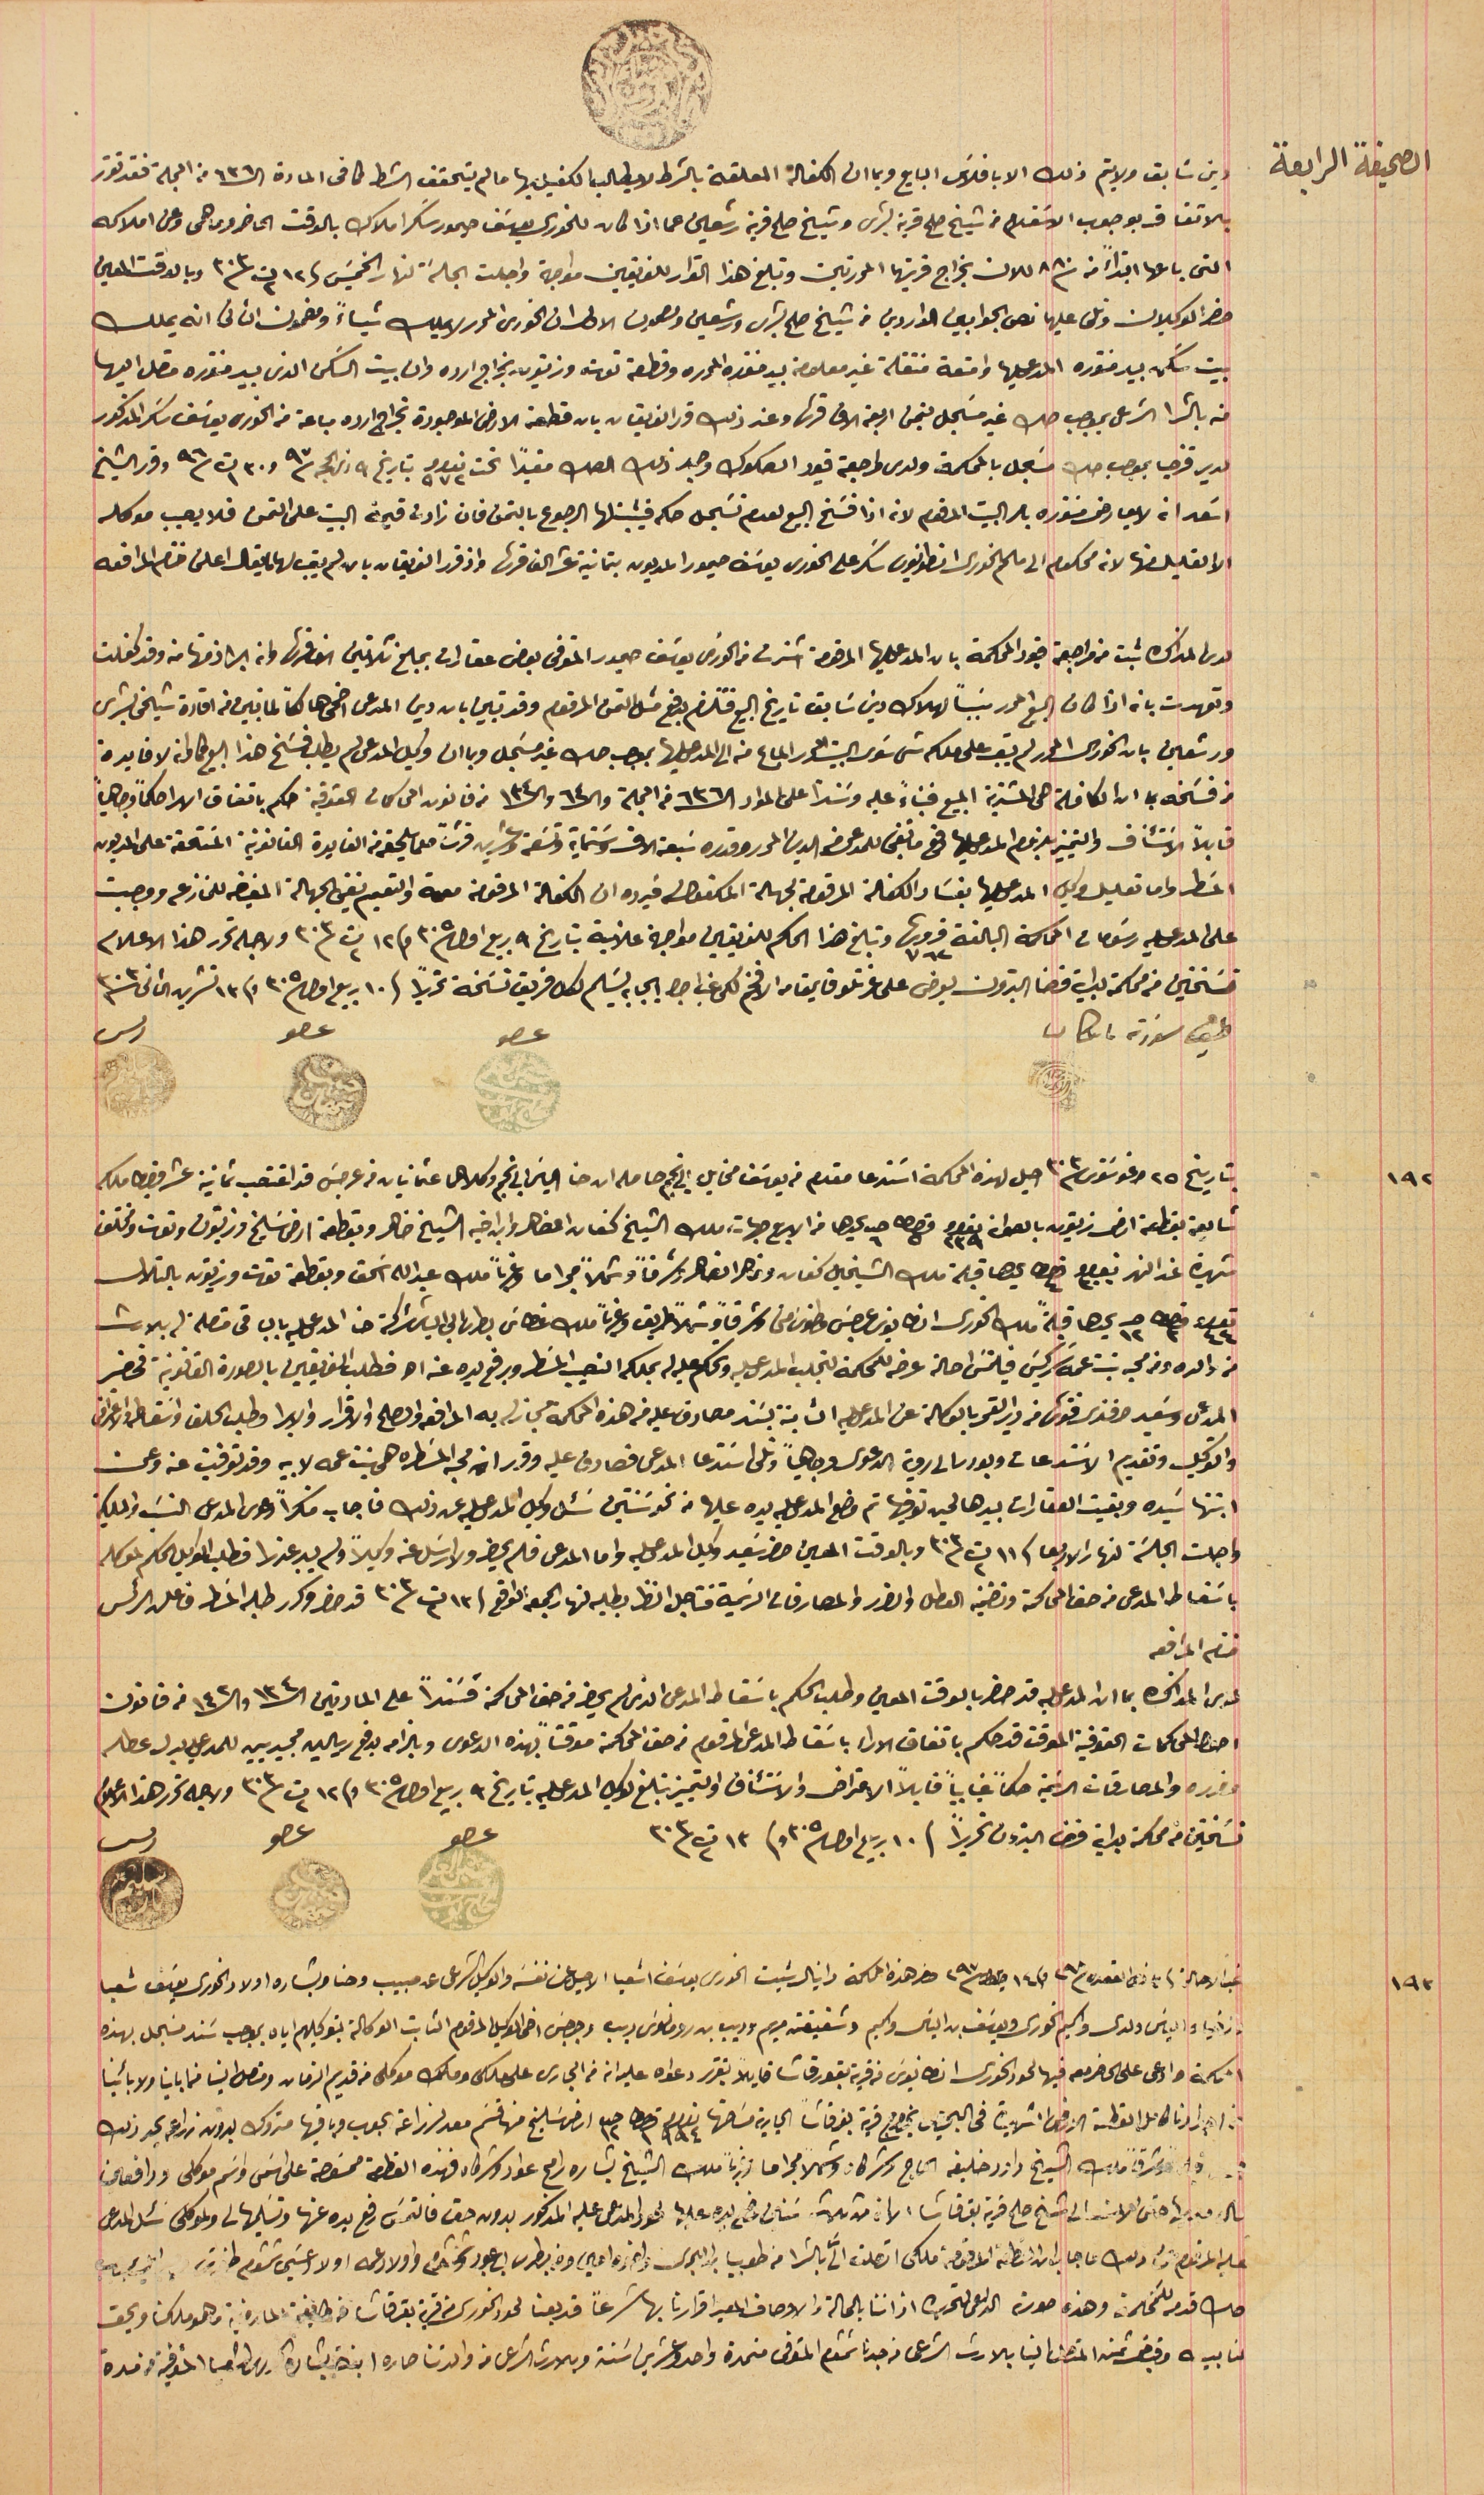
محكمة بدايت قضاء بترون ١٣٠١
دين سَابق ولا يتم ذلك الا بافلاسَ البايع وبما ان الكفالة المعلقة بالشرط لا يطالب الكفيل بها ما لم يتحقق الشرط كما فى المادة الـ ٦٣٦ من المجلة فقد تقرر
بالاتفاق بوجوب الاسَتعلام من شيخ صلح قرية بشرى وشيخ صلح قرية رشعين عما اذا كان للخورى يوسَف حيمور سَكر املاك بالوقت الحاضر وما هى وعن املاكه
التى باعها ابتداءً من سنة ٨٨٠ للان بخراج قريتها المحررتين وتبلغ هذا القرار للفريقين مواجهة واجلت الجلسَة لنهار الخميسَ فى ١٢ ت٢ سنة ٣٠٣ وبالوقت المعين
حضر الوكيلان وتلى عليها نص الجوابين الواردين من شيخ صلح بشرى ورشعين ومصمون الاول ان الخورى المحرر لا يملك شياءً ومضمون الثانى انه يملك
بيت سَكن بيد منتوره المدعى عليها واقعة منتقلة غير معلومة بيد منتوره المحرره وقطعة توت وزيتون بخراج ارده طرف بيت السَكن الذى بيد منتوره متصل اليها
منه بالشرا الشرعى بموجب صك غير مسَجل بتمن اربعة الاف قرش وعند ذلك قرر الفريقان بان قطعة الارض الموجودة بخراج ارده مباعة من الخورى يوسَف سَكر المذكور
لدير قزحيا بموجب صك مسَجل بالمحكمة ولدى مراجعة قيود الصكوك وجد ذلك الصك مقيداً تحت نمرو ٩٧٢ بتاريخ ٩ ذى الحجه سنة ٩٧ و٣٠ ت١ سنة ٩٦ وقرر الشيخ
اسَعد ان لا يعارض منتوره بامر البيت المرقوم لانه اذا فسَخ البيع لعدم تسَجل حكم فيثبتلها الرجوع بالتمن فان زادت قيمة البيت على التمن فلا يصيب موكله
الا القليل منها لانه محكوم الى ملحم الخورى انطونيوس سَكر على الخورى يوسَف حيمور المديون بتمانية عشر الف قرش واذ قرر الفريقان بان لم يبق لها ما يقال اعلن ختام المرافعه
لدى المذاكره ثبت من مراجعة قيود المحكمة بان المدعى عليها المرقومة اشترت من الخورى يوسَف حيمور المتوفى بعض عقارات بمبلغ ثلاثين الف قرش وانه ابرا ذمتها منه وقد كفلت
وتعهدت بانه اذا كان البيع المحرر سَبباً لهلاك دين سَابق تاريخ البيع فتلزم بدفع مثل التمن المرقوم وقد تبين بان دين المدعى اضحى هالكاً لما تبين فى افادة شيخى بشرى
ورشعين بان الخورى المحرر لم يبق على ملكه شى سَوى البيت المحرر المباع منه الى المدعى عليها بموجب صك غير مسَجل وبما ان وكيل المدعى لم يطلب فسَخ هذا البيع كما ان لا فايدة
من فسَخه بما ان الكافلة هى المشترية المبيع فبناءً عليه وسنداً على المواد الـ ٦٣٦ فى المجلة والـ ٦٤ والـ ١٣٤ من قانون المحاكمات الحقوقية حكم باتفاق الارا حكماً وجاهياً
 قابلاً لأستئناف والتمييز بلزوم المدعى عليها دفع ما تبقى للمدعى من الدين المحرر وقدره سَبعة الاف وسَتماية وتسَعة وعشرين قرشاً مع ما يلحقه من الفايدة القانونية المسَتحقة على المديون
المسَطر واما تعليل وكيل المدعى عليها بفسَاد الكفالة المرقومة لجهة المكفولة فيرده ان الكفالة المرقومة معممة والتعميم نفي الجهالة المفيضه للمنازعه ووجبت
على المدعى عليه رسَومات المحاكمة البالغة قروش ٧٦٢ وتبلغ هذا الحكم للفريقين مواجهة علانية بتاريخ ٩ ربيع اول سنة ٣٠٥ وفى ١٢ ت٢ سنة ٣٠٣ ولاجله تحرر هذا الاعلام
نسَختين من محكمة بداية قضا البترون يعرض على عزتلو قايمقام الافخم لكى غب اجرا ايجابه يسَلم لكل فريق نسَخة تحريراً فى ١٠ ربيع اول سنة ٣٠٥ وفى ١٣ تشرين الثانى سنة ٣٠٣
طبق مسَودة باشكاتب
بتاريخ ٢٥ اغوسَتوس سنة ٣٠٣ احيل لهذه المحكمة اسَتدعا مقدم من يوسَف مخايل ابى نجم حاصله ان حنا الياسَ ابى نجم وكلاهما عثمانيان من عرجسَ قد اغتصب ثمانية عشر قيراط ملك
شايعة بقطعة ارض زيتون بالصوان نمرو ٢٣٩ قيراط ٥ حبه ٦ يحدها من الاربع جهات، ملك الشيخ كنعان الضاهر وابن اخيه الشيخ ضاهر وبقطعة ارض سَليخ وزيتون وتوت ومختلف
شهيرة عند النهر نمرو ٣٠٠ قيراط ٤ يحدها قبلة ملك الشيخين كنعان ونوهرا الضاهر وشرقاً وشمالاً مجرا ما وغرباً ملك عبدالله اسَحق وبقطعة توت وزيتون بالتلال
نمرو ٤٤ قيراط ٣ حبه ١٢ يحدها قبلةً ملك الخورى انطانيوس عريضى وطنوسَ متى وشرقاً وشمالاً طريق وغرباً ملك غطاسَ بطرسَ ابى الياسَ تركة حنا المدعى عليه بالباقى متصلة له بالارث
من والده ومن محبه بنت عمه سَركيسَ فيلتمسَ احالة عرضه للمحكمة لتجلب المدعى عليه وتحكم عليه له بملكه النصيب المسَطر وبرفع يده عنه الخ فطلب الفريقين بالصورة القانونية فحضر
المدعى وسَعيد افندى فتوش من دير القمر بالوكالة عن المدعى عليه الثابتة بسَند مصادق عليه فى هذه المحكمة مجاز له به المرافعه والصلح والاقرار والابرا وطلب الحلف واسقاطه والاعتراض
 ابنتها سَيده وبقيت العقارات بيدها لحين توفيها تم وضع المدعى عليه يده عليها من نحو سَنتين سَئل وكيل المدعى عليه عن ذلك فاجاب منكراً دعوى المدعى النسَب فى الملكية
. واجلت الجلسَة لنهار الاربعا فى ١١ ت٢ سنة ٣٠٣ وبالوقت المعين حضر سَعيد وكيل المدعى عليه واما المدعى فلم يحضر ولا ارسَل عنه وكيلاً ولم يبد عذرا فطلب الوكيل الحكم لموكله
باسَقاط المدعى من حق المحاكمة وتضمينه العطل والضرر والمصارفات الرسَمية فتاجل النظر بطلبه لنهار الجمعة الواقع فى ١٣ ت٢ سنة ٣٠٣ قد حضر وكرر طلبه المسَطر فاعلن الرئس
ختام المرافعه
لدى المذاكره بما ان المدعى عليه قد حضر بالوقت المعين وطلب الحكم باسَقاط المدعى الذى لم يحضر من حق المحاكمة فسَنداً على المادتين الـ ١٣٤ والـ ١٤٢ من قانون
اصول المحاكمات الحقوقية الموقت قد حكم باتفاق الاراء باسَقاط المدعى المرقوم من حق المحاكمة موقتاً بهذه الدعوى وبالزامه بدفع ريالين مجيديين للمدعى عليه بدل عطله
وضرره والمصارفات الرسَمية حكماً غيابياً قابلاً الاعتراض والاسَتئناف والتمييز تبلغ لوكيل المدعى عليه بتاريخ ٩ ربيع اول سنة ٣٠٥ وفى ١٢ ت٢ سنة ٣٠٣ ولاجله تحرر هذا الاعلام
نسَختين من محكمة بداية قضا البترون تحريراً فى ١٠ ربيع اول سنة ٣٠٥ وفى ١٣ ت٢ سنة ٣٠٣
غب الاحالة فى ٣ ذى القعده سنة ٢٩٨ وفى ١٤ ايلول سنة ٢٩٧ حضر هذه المحاكمة دانيال شيت الخورى يوسَف اشعيا الاصيل عن نفسَه والوكيل الشرعى عن حبيب وحنا وبشاره اولاد الخورى يوسَف شعيا
وزخيا والياسَ ولدى واكيم الخورى ويوسَف بن الياسَ واكيم وشقيقته مريم وديب بن رومانوسَ ديب وجرجسَ اخى الوكيل المرقوم الثابت الوكالة بتوكيلهم اياه بموجب سَند مسَجل بهذه
المحكمة وادعى على الحاضرين فيها لحود الخورى انطانيوسَ من قرية بقورقاشا قايلاً بتقرر دعواه عليه انه فى الجارى على ملكى وملك موكلى من قديم الزمان ومتصل الينا فما باين ولابأينا
من اجدادنا كامل القطعة الارض الشهيرة فى البحيص بخراج قرية بقرقاشا الجارية مسَاحتها نمرو ٩٩٤ قيراط ١ حبه ١٢ ارض سَليخ منها قسَم معد لزراعة الحبوب وباقيها متروك بدون زراعه يحد ذلك
ملك الشيخ داود خليفه الحاج وشركاه وشمالاً مجرا ما وغرباً ملك الشيخ بشاره رامح عواد وشركاه فهذه القطعة ممسَوحة لى اسَمى واسَم موكلى ورافعين
الى شىـخ صلح قرية بقرقاشا الآن من ثلاثة سَنين وضع يده عليها لحود والمدعى عليه المذكور بدون حق فالتمسَ رفع يده عنها وتسَليمها لى ولموكلى سَئل المدعى
عليه المرقوم عن ذلك فاجاب ان القطعه المرقومة ملكى اتصلت الىَّ بالشرا من طوبيا بن البحرى واخوه امين ومن بطرس بن عبود وشمشوم واولاد عمه اولاد عيسَى شمشوم
صك قدم للمحكمة وهذه صورة الداعى لتحريره اقر اننا بالحالة والاوصاف المعبر اقرارنا بها شرعاً قد بعنا لحود الخورى من قرية بقرقاشا من طايفة المارونية وهو ملكنا ويحق
لنا بيـ ـه وقبض ثمنه المتصل الينا بالارث الشرعى من جدنا شمشوم المتوفى من مدة واحد وعشرين سَنة وبالارث الشرعى من والدتنا صاره ابنة بشارة الخورى اشعيا المتوفية من مدة
١٩٢
١٩٣
والتوكيل وتقديم الاسَتدعات وبودر الى روية الدعوى وجاهياً وتلى اسَتدعا المدعى فصادق عليه وقرر ان محبه المسَطره هي بنت عمه لابيه وقد توفيت عنه وعن
الصحيفة الرابعة
عضو حسين العلم الحاج يوسف
عضو حبيب نبهان ١٨٨٠
رىس سليم باز ١٨٨٣
عضو حسين العلم الحاج يوسف
عضو حبيب نبهان ١٨٨٠
رىس سليم باز ١٨٨٣